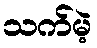
သက်မဲ့